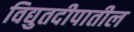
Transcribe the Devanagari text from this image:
विद्युतदीपातील